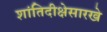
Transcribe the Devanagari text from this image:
शांतिदीक्षेसारखे